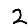
Digit: 2